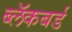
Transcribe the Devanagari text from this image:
ब्लॅकबर्ड